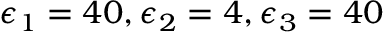
\epsilon _ { 1 } = 4 0 , \epsilon _ { 2 } = 4 , \epsilon _ { 3 } = 4 0